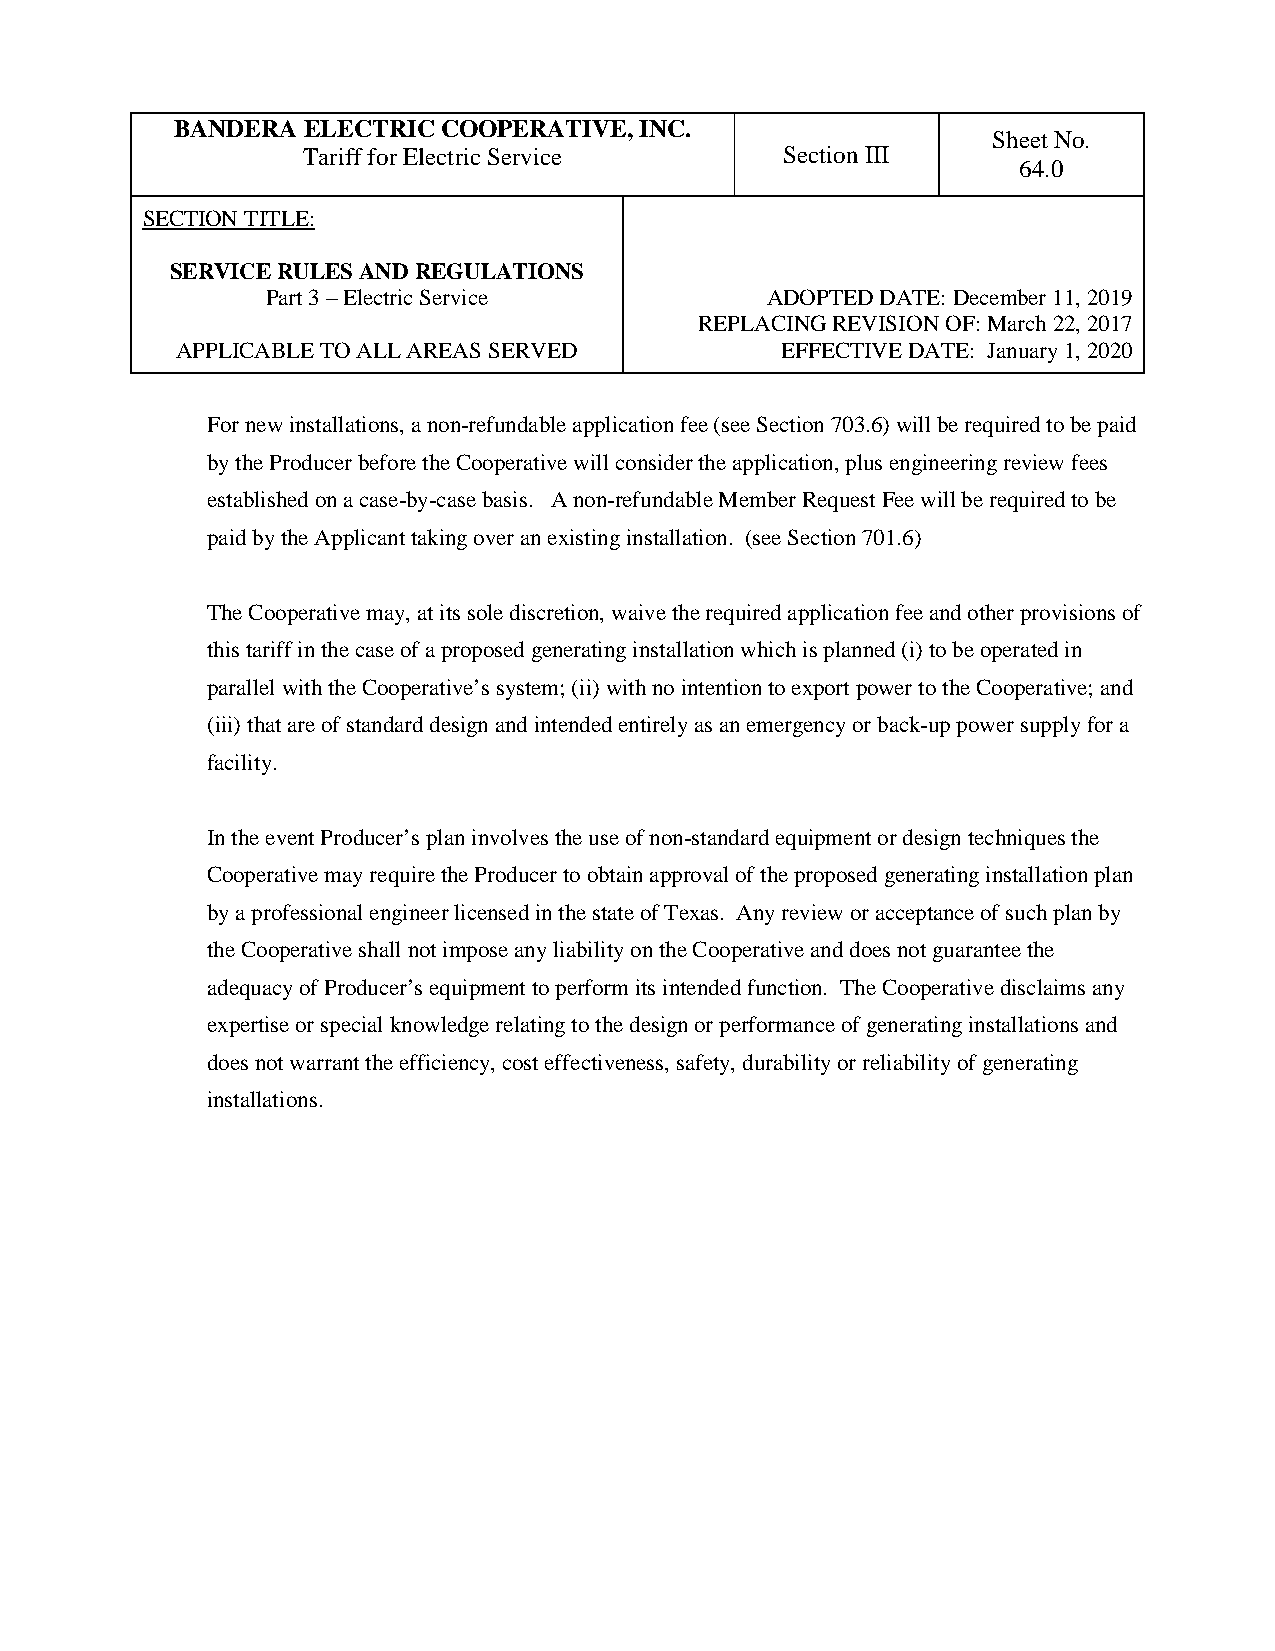
BANDERA ELECTRIC COOPERATIVE, INC.
 Sheet No.
 Tariff for Electric Service     Section III
 64.0
 SECTION TITLE:
 SERVICE RULES AND REGULATIONS
 Part 3 – Electric Service        ADOPTED DATE: December 11, 2019
 REPLACING REVISION OF: March 22, 2017
 APPLICABLE TO ALL AREAS SERVED          EFFECTIVE DATE: January 1, 2020
 For new installations, a non-refundable application fee (see Section 703.6) will be required to be paid
 by the Producer before the Cooperative will consider the application, plus engineering review fees
 established on a case-by-case basis. A non-refundable Member Request Fee will be required to be
 paid by the Applicant taking over an existing installation. (see Section 701.6)
 The Cooperative may, at its sole discretion, waive the required application fee and other provisions of
 this tariff in the case of a proposed generating installation which is planned (i) to be operated in
 parallel with the Cooperative’s system; (ii) with no intention to export power to the Cooperative; and
 (iii) that are of standard design and intended entirely as an emergency or back-up power supply for a
 facility.
 In the event Producer’s plan involves the use of non-standard equipment or design techniques the
 Cooperative may require the Producer to obtain approval of the proposed generating installation plan
 by a professional engineer licensed in the state of Texas. Any review or acceptance of such plan by
 the Cooperative shall not impose any liability on the Cooperative and does not guarantee the
 adequacy of Producer’s equipment to perform its intended function. The Cooperative disclaims any
 expertise or special knowledge relating to the design or performance of generating installations and
 does not warrant the efficiency, cost effectiveness, safety, durability or reliability of generating
 installations.